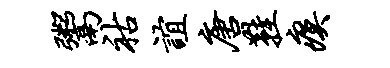
鬻祜谊唐鞋瘼